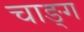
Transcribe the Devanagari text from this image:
चाङ्ग